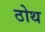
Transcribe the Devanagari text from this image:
ठोथ